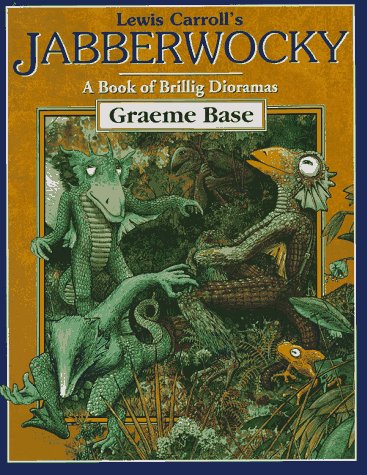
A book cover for Lewis Carroll's Jabberwocky: A Book of Brillig Dioramas; Graeme Base; Teen & Young Adult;